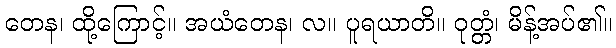
တေန၊ ထို့ကြောင့်။ အယံတေန၊ လ။ ပူရယာတိ။ ဝုတ္တံ၊ မိန့်အပ်၏။